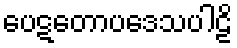
ပေဋတောပဒေသပါဠိ